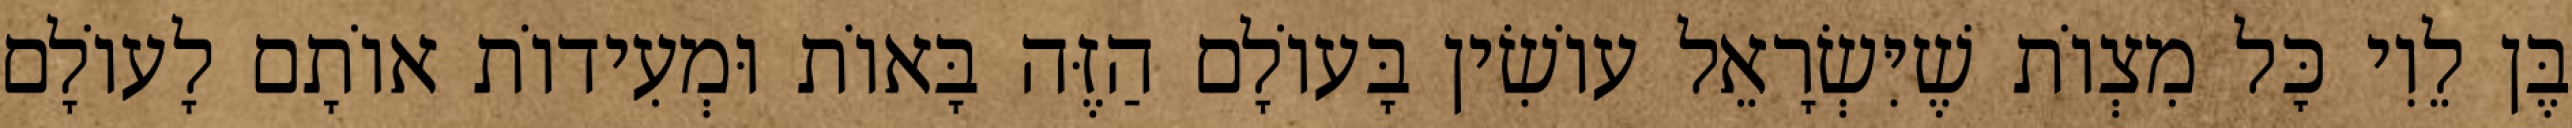
בֶּן לֵוִי כׇּל מִצְוֹת שֶׁיִּשְׂרָאֵל עוֹשִׂין בָּעוֹלָם הַזֶּה בָּאוֹת וּמְעִידוֹת אוֹתָם לָעוֹלָם